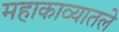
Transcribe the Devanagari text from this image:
महाकाव्यातले